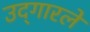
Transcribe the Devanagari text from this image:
उद्‌गारले